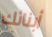
أبنائك